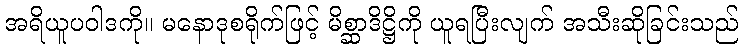
အရိယူပဝါဒကို။ မနောဒုစရိုက်ဖြင့် မိစ္ဆာဒိဋ္ဌိကို ယူရပြီးလျက် အသီးဆိုခြင်းသည်